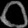
Digit: ၀